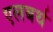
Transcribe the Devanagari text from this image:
एलबर्थ